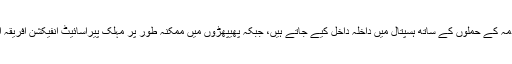
ہر روز برطانیہ میں سینکڑوں مریض دمہ کے حملوں کے ساتھ ہسپتال میں داخلہ داخل کیے جاتے ہیں، جبکہ پھیپھڑوں میں ممکنہ طور پر مہلک پیراسائیٹ انفیکشن افریقہ اور ایشیا میں زیادہ سے زیادہ مہلک ہیں۔